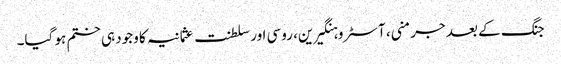
جنگ کے بعد جرمنی، آسٹرو ہنگیرین، روسی اور سلطنت عثمانیہ کا وجود ہی ختم ہو گیا۔